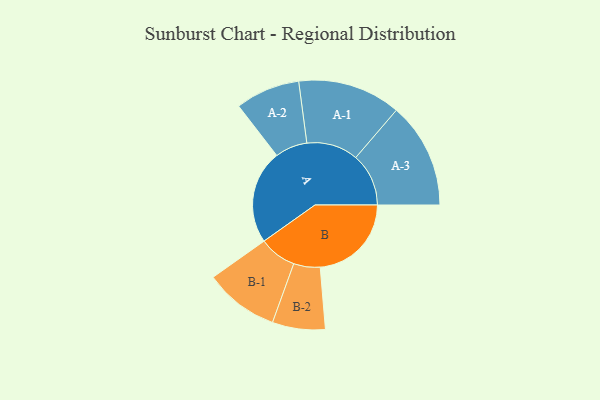
{"axis": {"x": "Segment", "y": "Value"}, "legend": ["", "A", "B"], "data": [{"x": "A", "y": 433, "type": ""}, {"x": "B", "y": 421, "type": ""}, {"x": "A-1", "y": 238, "type": "A"}, {"x": "A-2", "y": 149, "type": "A"}, {"x": "A-3", "y": 244, "type": "A"}, {"x": "B-1", "y": 172, "type": "B"}, {"x": "B-2", "y": 122, "type": "B"}]}